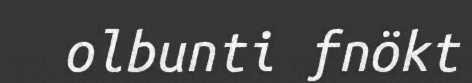
olbunti fnökt